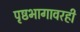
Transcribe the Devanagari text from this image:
पृष्ठभागावरही